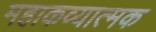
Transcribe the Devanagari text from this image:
महाकव्यात्मक